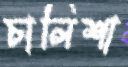
চালিশা